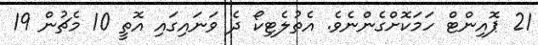
21 ޕޮއިންޓް ހަމަކޮށްގެންނެވެ. އެތުލެޓިކޯ ދެ ވަނަައިގައި އޮތީ 10 މެޗުން 19